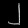
Digit: ၂